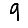
Digit: 9